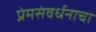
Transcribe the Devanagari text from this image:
प्रेमसंवर्धनाचा